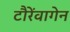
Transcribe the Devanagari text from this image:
टौरेंवागेन